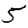
Digit: 5